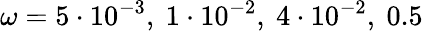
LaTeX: \omega=5\cdot 10^{-3},~1\cdot 10^{-2},~4\cdot 10^{-2},~0.5